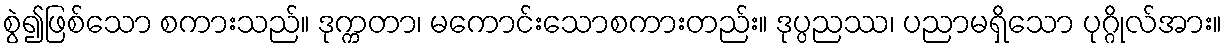
စွဲ၍ဖြစ်သော စကားသည်။ ဒုက္ကတာ၊ မကောင်းသောစကားတည်း။ ဒုပ္ပညဿ၊ ပညာမရှိသော ပုဂ္ဂိုလ်အား။